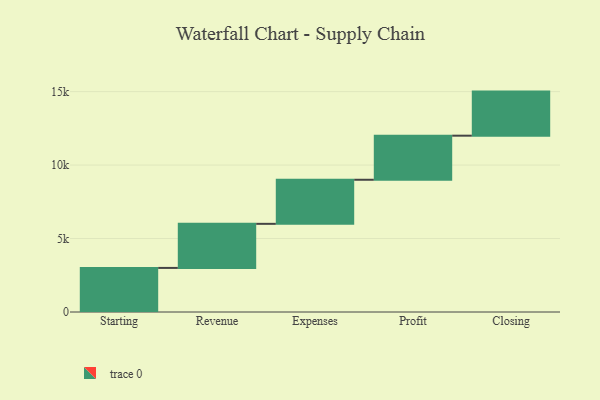
{"axis": {"x": "Step", "y": "Value"}, "legend": [""], "data": [{"x": "Starting", "y": 3000, "type": ""}, {"x": "Revenue", "y": 3000, "type": ""}, {"x": "Expenses", "y": 3000, "type": ""}, {"x": "Profit", "y": 3000, "type": ""}, {"x": "Closing", "y": 3000, "type": ""}]}